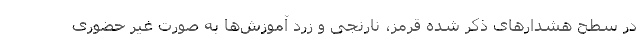
در سطح هشدارهای ذکر شده قرمز، نارنجی و زرد آموزش‌ها به صورت غیر حضوری